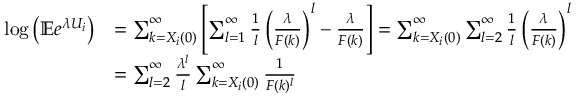
\begin{array} { r l } { \log \left( \mathbb { E } e ^ { \lambda U _ { i } } \right) } & { = \sum _ { k = X _ { i } ( 0 ) } ^ { \infty } \left[ \sum _ { l = 1 } ^ { \infty } \frac { 1 } { l } \left( \frac { \lambda } { F ( k ) } \right) ^ { l } - \frac { \lambda } { F ( k ) } \right] = \sum _ { k = X _ { i } ( 0 ) } ^ { \infty } \sum _ { l = 2 } ^ { \infty } \frac { 1 } { l } \left( \frac { \lambda } { F ( k ) } \right) ^ { l } } \\ & { = \sum _ { l = 2 } ^ { \infty } \frac { \lambda ^ { l } } { l } \sum _ { k = X _ { i } ( 0 ) } ^ { \infty } \frac { 1 } { F ( k ) ^ { l } } } \end{array}